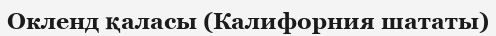
Окленд қаласы (Калифорния шататы)